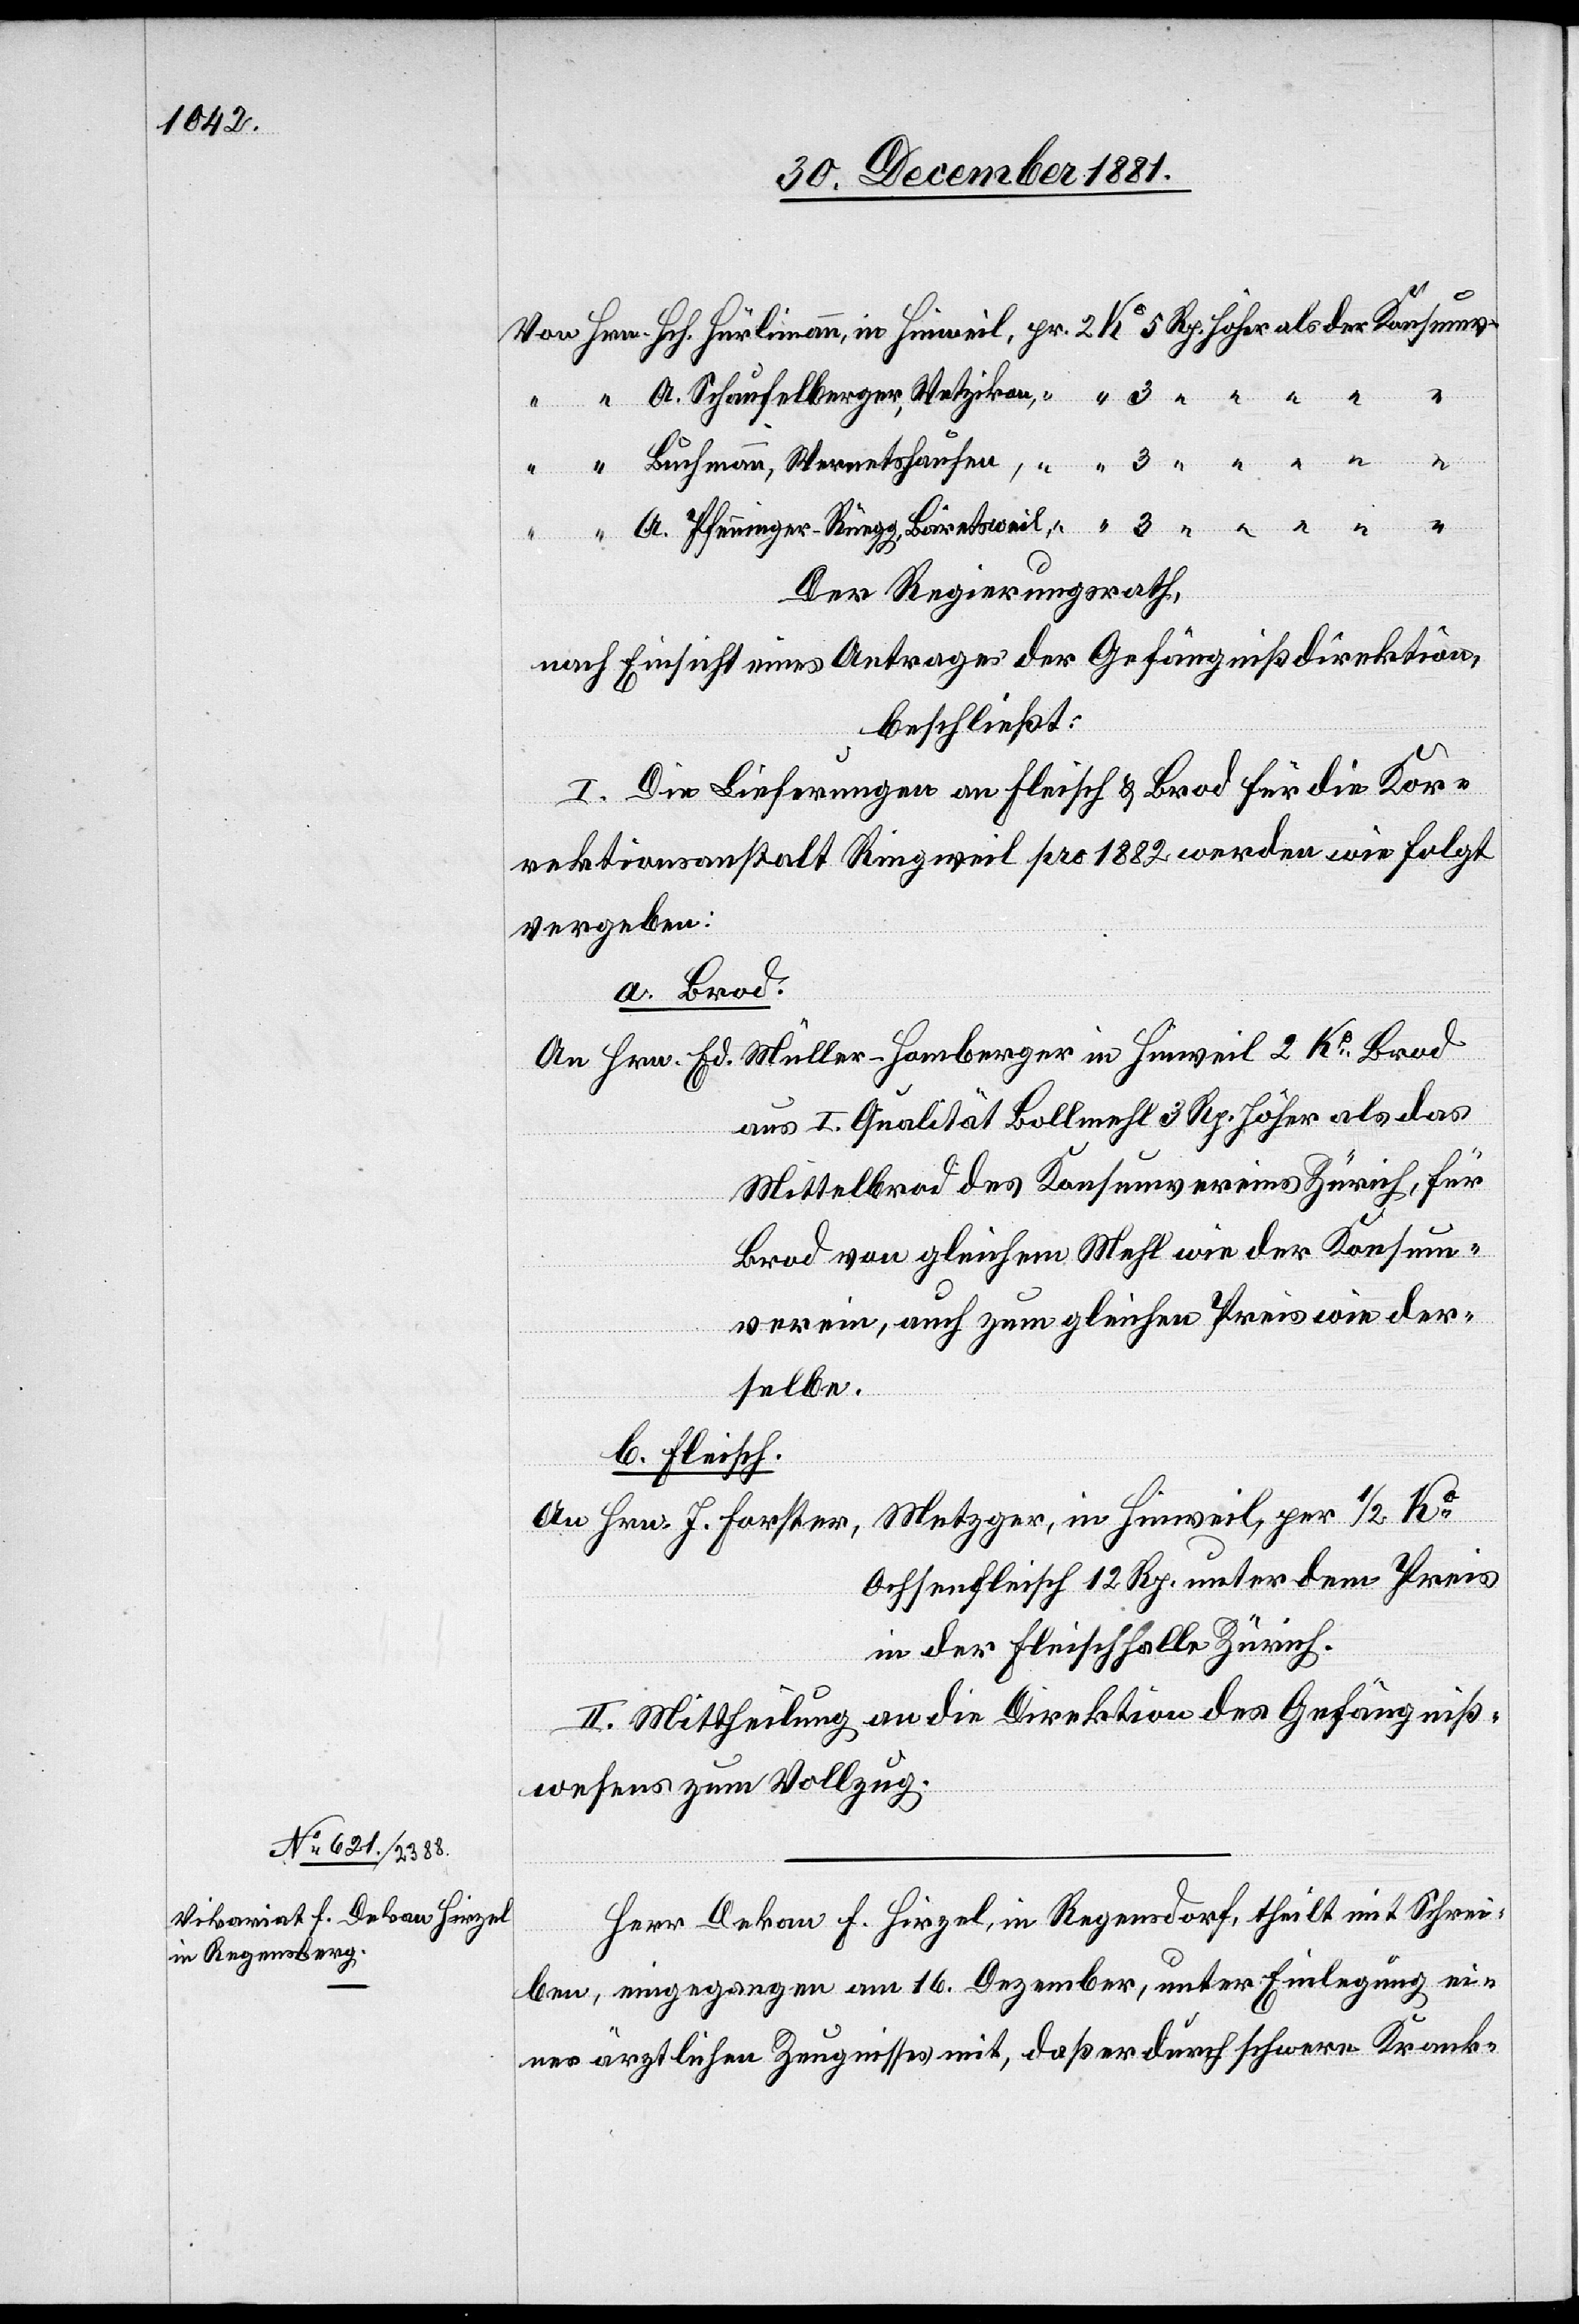
etshausen,
Der Regierungsrath,
nach Einsicht eines Antrages der Gefängnißdirektion,
beschließt:
I. Die Lieferungen an Fleisch & Brod für die Kor¬
rektionsanstalt Ringweil pro 1882 werden wie folgt
vergeben:
a. Brod.
An Hrn Ed. Müller-Homberger in Hinweil 2 Ko Brod
aus I. Qualität Bollmehl 3 Rp. höher als das
Mittelbrod des Konsumvereins Zürich, für
Brod von gleichem Mehl wie der Konsum¬
verein, auch zum gleichen Preis wie der¬
selbe.
b. Fleisch.
An Hrn. J. Forster, Metzger, in Hinweil, per 1/2 Ko
Ochsenfleisch 12 Rp. unter dem Preis
in der Fleischhalle Zürich.
II. Mittheilung an die Direktion des Gefängniß¬
wesens zum Vollzug.
Herr Dekan F. Hirzel, in Regensdorf [sic!], theilt mit Schrei¬
ben, eingegangen am 16. Dezember, unter Einlegung ei¬
nes ärztlichen Zeugnisses mit, daß er durch schwere Krank-